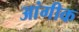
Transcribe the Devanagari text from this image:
आंगीक